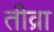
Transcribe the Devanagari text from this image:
तीव्रा